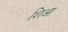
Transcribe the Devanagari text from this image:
शिआ